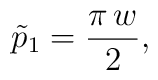
\tilde p_1={\frac {\pi\,w}{2}},